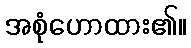
အစုံဟောထား၏။